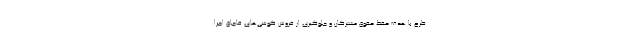
طرح با هدف حفظ حقوق مشترکان و جلوگیری از فروش گوشی‌های قاچاق اجرا